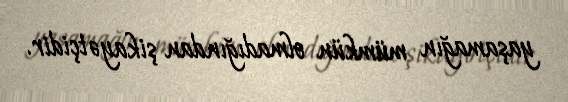
yaşamağın mümkün olmadığından şikayətçidir.